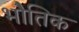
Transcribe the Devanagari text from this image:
भोैतिक